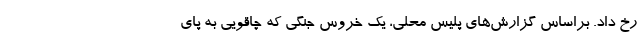
رخ داد. براساس گزارش‌های پلیس محلی، یک خروس جنگی که چاقویی به پای